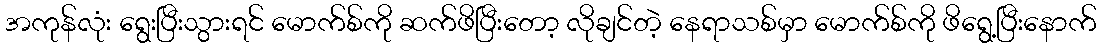
အကုန်လုံး ရွေးပြီးသွားရင် မောက်စ်ကို ဆက်ဖိပြီးတော့ လိုချင်တဲ့ နေရာသစ်မှာ မောက်စ်ကို ဖိရွေ့ပြီးနောက်